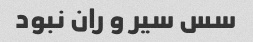
سس سیر و ران نبود